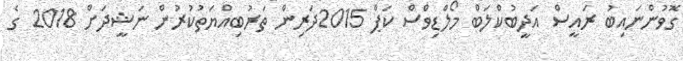
ގޮވުންނައިބު ރައީސް އަދީބުކްލަބް މޯލްޑިވްސް ކަޕް 2015ދަރިން ތަރުބިއްޔަތުކުރުން ނަޝީދަށް 2018 ގެ